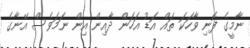
ނާމީގެ ފޮނި ވާހަކަ ތައް އަޑު އަހަން ދާއިން އިން ނަމަވެސް އޭނާގެ